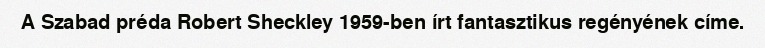
A Szabad préda Robert Sheckley 1959-ben írt fantasztikus regényének címe.